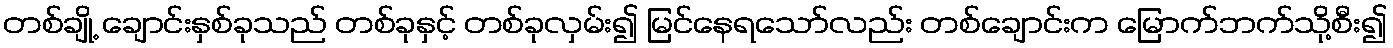
တစ်ချို့ ချောင်းနှစ်ခုသည် တစ်ခုနှင့် တစ်ခုလှမ်း၍ မြင်နေရသော်လည်း တစ်ချောင်းက မြောက်ဘက်သို့စီး၍